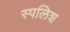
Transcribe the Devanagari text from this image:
स्पलिश